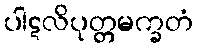
ပါဋလိပုတ္တမက္ခတံ